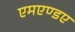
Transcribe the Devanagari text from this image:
एमएण्डए